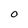
Character: O